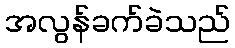
အလွန်ခက်ခဲသည်